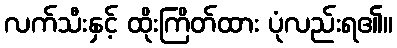
လက်သီးနှင့် ထိုးကြိတ်ထား ပုံလည်းရ၏။